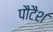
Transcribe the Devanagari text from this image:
पौटैश